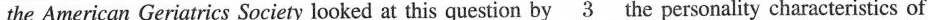
the American Geriatrics Society looked at this question by \underline{3} the personality characteristics of